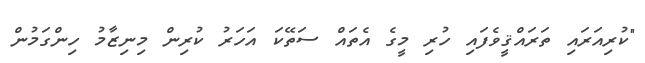
"ކުރިއަރައި ތަރައްޤީވެފައި ހުރި މީގެ އެތައް ސަތޭކަ އަހަރު ކުރިން މިނިޒާމު ހިންގަމުން